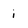
Character: i